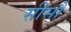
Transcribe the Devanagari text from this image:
सीसौ